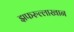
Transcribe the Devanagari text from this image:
झफरुल्लाखान